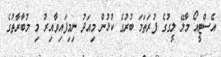
އެސްޓީއޯ މާލޭ ލީގުގެ ފުރަތަމަ ބުރުގެ ކުޅުން މިއަދު ނިމިފައިވާއިރު މި މުބާރާތުގެ